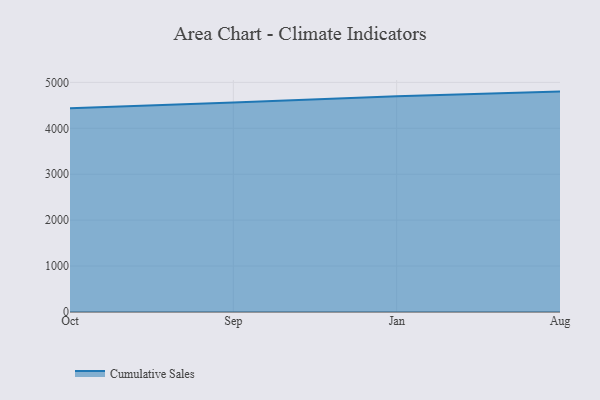
{"axis": {"x": "Month", "y": "Tickets Resolved"}, "legend": ["Cumulative Sales"], "data": [{"x": "Oct", "y": 4435.8, "type": "Cumulative Sales"}, {"x": "Sep", "y": 4559.7, "type": "Cumulative Sales"}, {"x": "Jan", "y": 4700.6, "type": "Cumulative Sales"}, {"x": "Aug", "y": 4799.3, "type": "Cumulative Sales"}]}